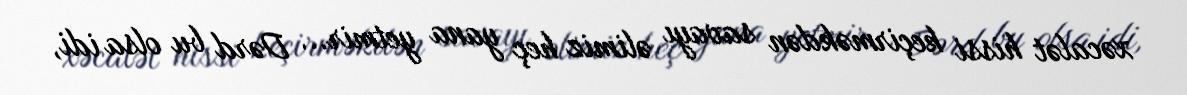
xəcalət hissi keçirməkdən savayı əlimiz heç yana yetmir... Dərd bu olsa idi,